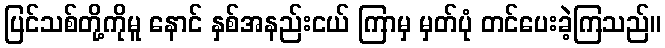
ပြင်သစ်တို့ကိုမူ နောင် နှစ်အနည်းငယ် ကြာမှ မှတ်ပုံ တင်ပေးခဲ့ကြသည်။